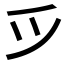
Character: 𫜵